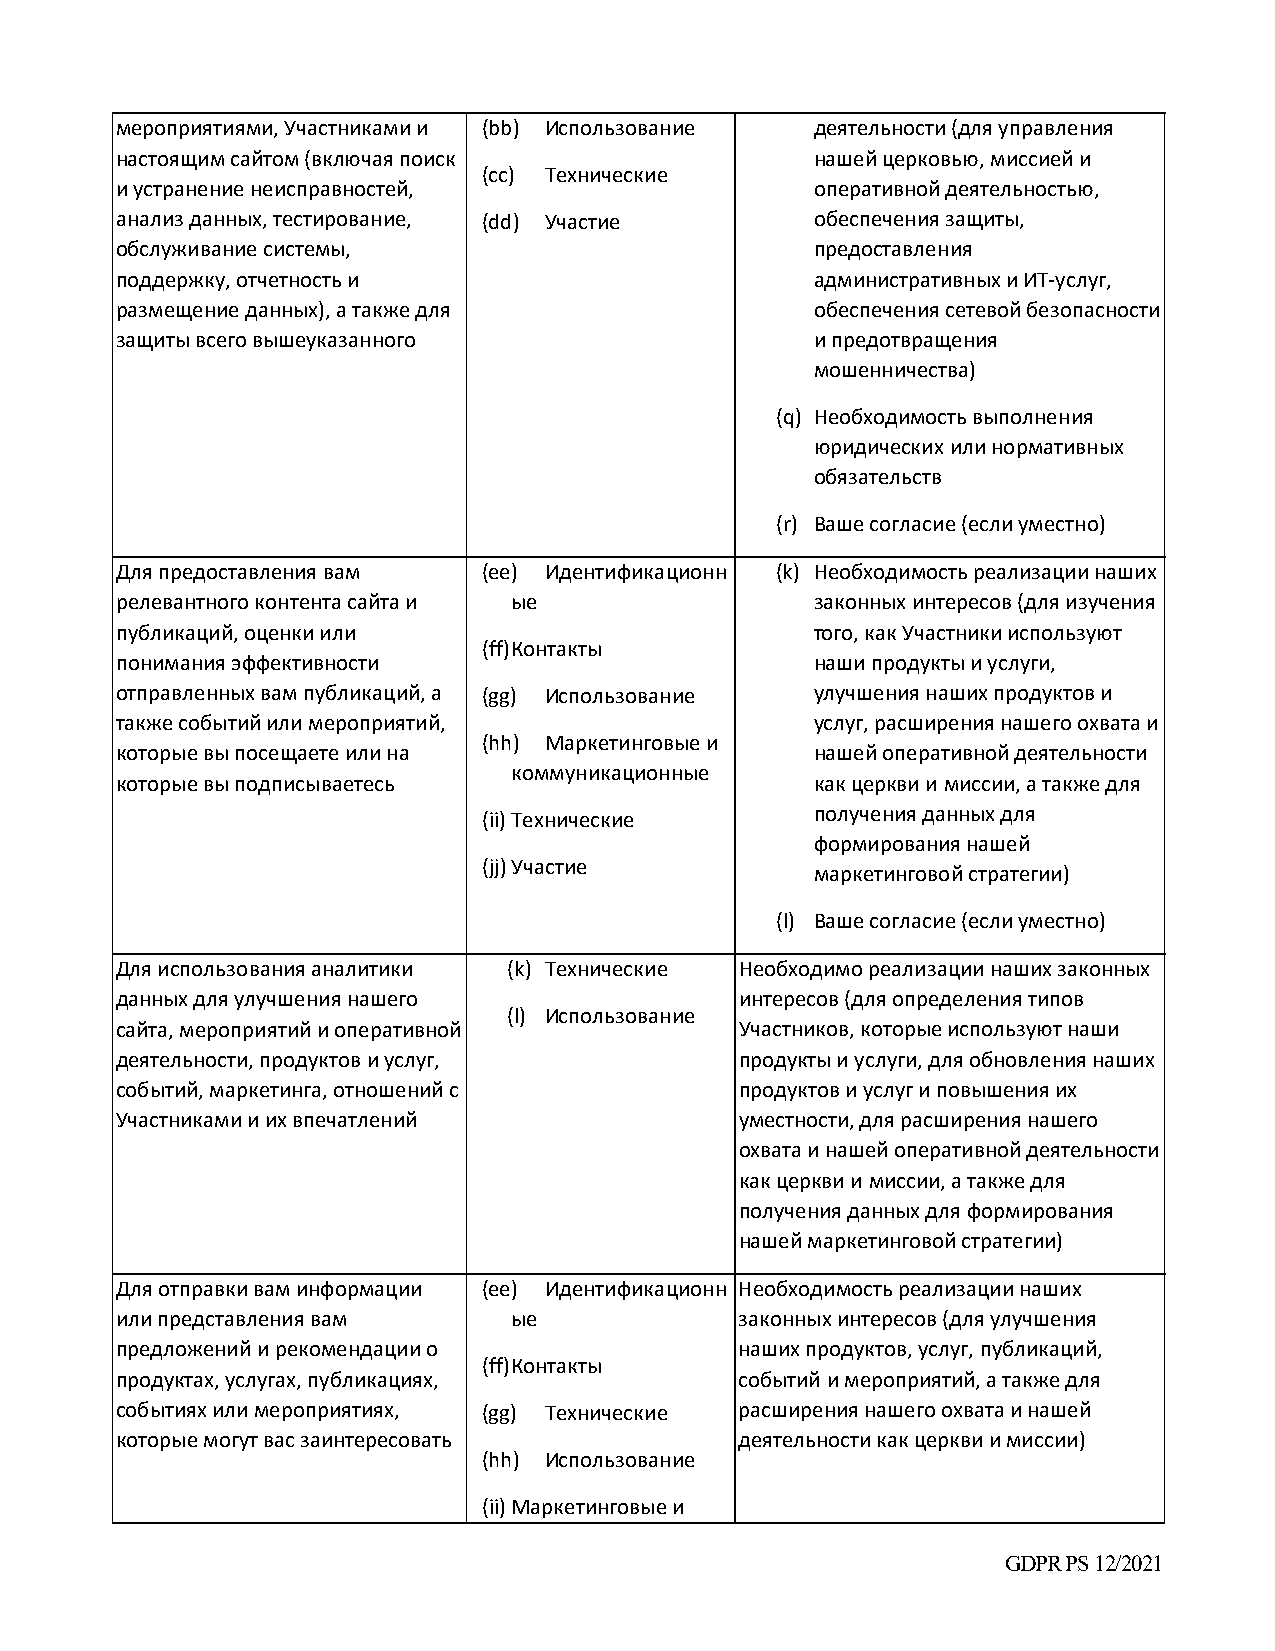
мероприятиями, Участниками и (bb) Использование деятельности (для управления
 настоящим сайтом (включая поиск               нашей церковью, миссией и
 (cc) Технические
 и устранение неисправностей,                  оперативной деятельностью,
 анализ данных, тестирование, (dd) Участие     обеспечения защиты,
 обслуживание системы,                         предоставления
 поддержку, отчетность и                       административных и ИТ‐услуг,
 размещение данных), а также для               обеспечения сетевой безопасности
 защиты всего вышеуказанного                   и предотвращения
 мошенничества)
 (q) Необходимость выполнения
 юридических или нормативных
 обязательств
 (r) Ваше согласие (если уместно)
 Для предоставления вам  (ee) Идентификационн (k) Необходимость реализации наших
 релевантного контента сайта и ые              законных интересов (для изучения
 публикаций, оценки или                        того, как Участники используют
 (ff) Контакты
 понимания эффективности                       наши продукты и услуги,
 отправленных вам публикаций, а (gg) Использование улучшения наших продуктов и
 также событий или мероприятий,                услуг, расширения нашего охвата и
 (hh) Маркетинговые и
 которые вы посещаете или на                   нашей оперативной деятельности
 коммуникационные
 которые вы подписываетесь                     как церкви и миссии, а также для
 (ii) Технические
 получения данных для
 формирования нашей
 (jj) Участие
 маркетинговой стратегии)
 (l) Ваше согласие (если уместно)
 Для использования аналитики (k) Технические Необходимо реализации наших законных
 данных для улучшения нашего              интересов (для определения типов
 (l) Использование
 сайта, мероприятий и оперативной         Участников, которые используют наши
 деятельности, продуктов и услуг,         продукты и услуги, для обновления наших
 событий, маркетинга, отношений с         продуктов и услуг и повышения их
 Участниками и их впечатлений             уместности, для расширения нашего
 охвата и нашей оперативной деятельности
 как церкви и миссии, а также для
 получения данных для формирования
 нашей маркетинговой стратегии)
 Для отправки вам информации (ee) Идентификационн Необходимость реализации наших
 или представления вам     ые             законных интересов (для улучшения
 предложений и рекомендации о             наших продуктов, услуг, публикаций,
 (ff) Контакты
 продуктах, услугах, публикациях,         событий и мероприятий, а также для
 событиях или мероприятиях, (gg) Технические расширения нашего охвата и нашей
 которые могут вас заинтересовать         деятельности как церкви и миссии)
 (hh) Использование
 (ii) Маркетинговые и
 GDPR PS 12/2021